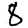
Digit: 8